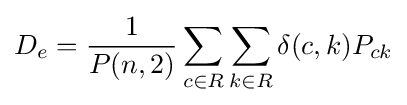
D_{e}={\frac {1}{P(n,2)}}\sum _{c\in R}\sum _{k\in R}\delta (c,k)P_{ck}